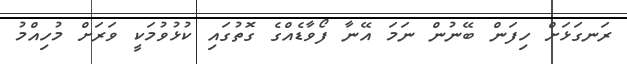
ރަނގަޅަށް ހިފަން ބޭނުން ނަމަ އޭނާ ފޯވާޑެއްގެ ގޮތުގައި ކުޅުވުމަކީ ވަރަށް މުހިއްމު